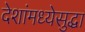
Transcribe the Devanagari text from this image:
देशांमध्येसुद्धा